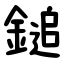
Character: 鎚